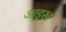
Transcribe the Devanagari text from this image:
आइख